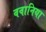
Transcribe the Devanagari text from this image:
ववानिया